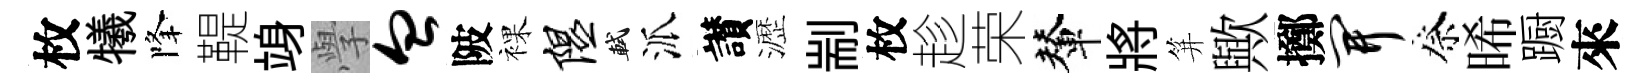
枚犧降鞮竧𭓕血陂裸隰軾派讃瀝剬枚趁荣輦將笄歟擲开祭晞蹰來